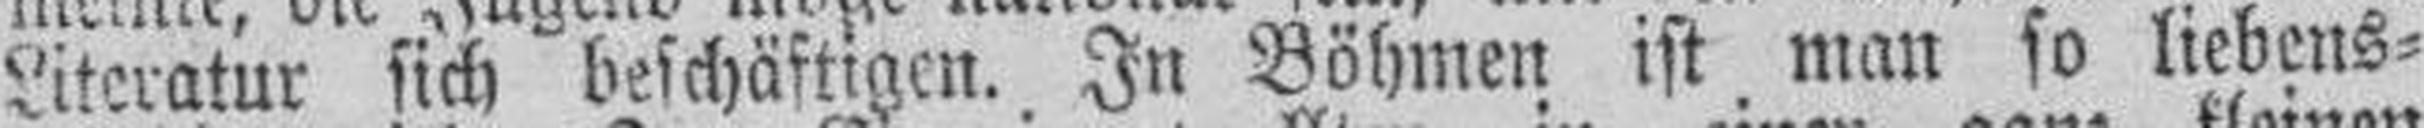
Literatur sich beschäftigen. In Böhmen ist man so liebens¬